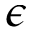
\epsilon